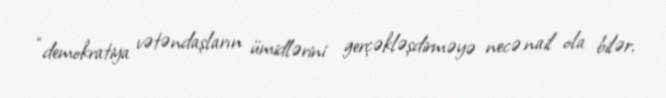
“demokratiya vətəndaşların ümidlərini gerçəkləşdirməyə necə nail ola bilər,